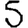
Digit: 5